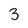
Character: 3